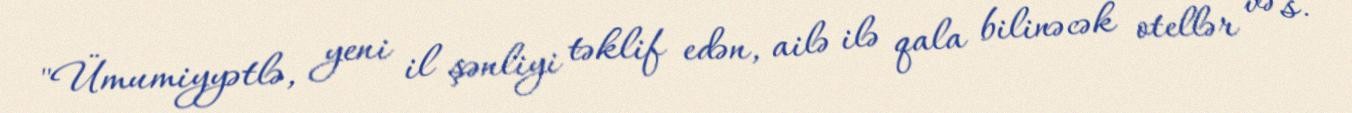
"Ümumiyyətlə, yeni il şənliyi təklif edən, ailə ilə qala bilinəcək otellər və s.